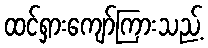
ထင်ရှားကျော်ကြားသည့်